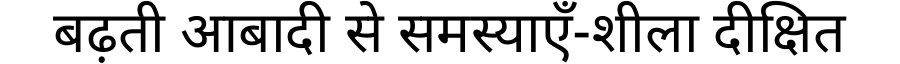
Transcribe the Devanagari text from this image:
बढ़ती आबादी से समस्याएँ-शीला दीक्षित